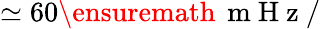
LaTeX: \simeq 60\ensuremath{\, \mathrm{~m~H~z~}}/